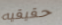
حقيقيه